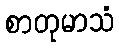
စာတုမာသံ